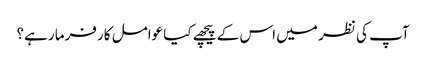
آپ کی نظر میں اس کے پیچھے کیا عوامل کارفرما رہے؟